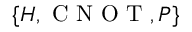
\{ H , \mathrm { ~ C ~ N ~ O ~ T ~ } , P \}